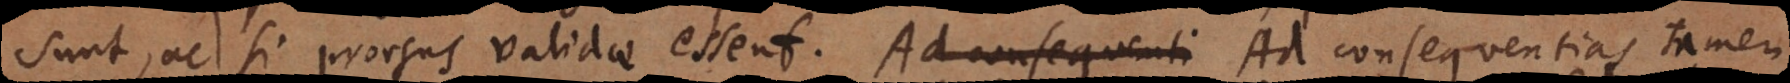
sunt, ac si prorsus validae essent. Ad consequentias tamen